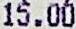
15.00